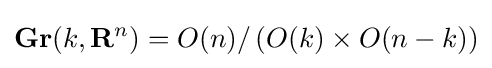
\mathbf {Gr} (k,\mathbf {R} ^{n})=O(n)/\left(O(k)\times O(n-k)\right)